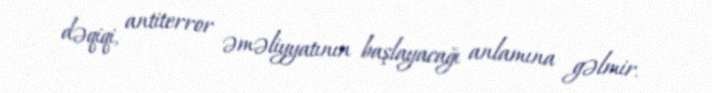
dəqiqi, antiterror əməliyyatının başlayacağı anlamına gəlmir.